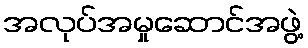
အလုပ်အမှုဆောင်အဖွဲ့